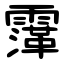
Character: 䨰